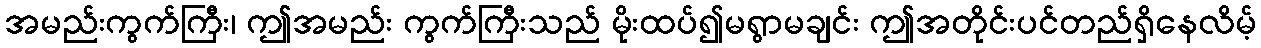
အမည်းကွက်ကြီး၊ ဤအမည်း ကွက်ကြီးသည် မိုးထပ်၍မရွာမချင်း ဤအတိုင်းပင်တည်ရှိနေလိမ့်